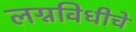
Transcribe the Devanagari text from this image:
लग्नविधीचे